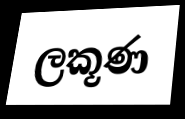
ලකූණ